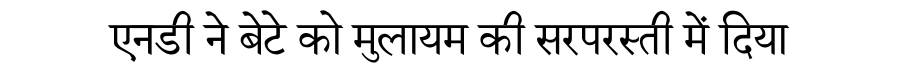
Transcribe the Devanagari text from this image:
एनडी ने बेटे को मुलायम की सरपरस्ती में दिया